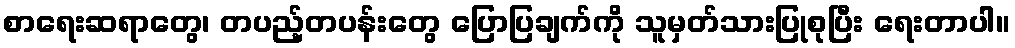
စာရေးဆရာတွေ၊ တပည့်တပန်းတွေ ပြောပြချက်ကို သူမှတ်သားပြုစုပြီး ရေးတာပါ။